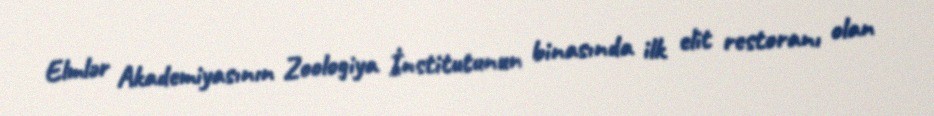
Elmlər Akademiyasının Zoologiya İnstitutunun binasında ilk elit restoranı olan